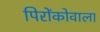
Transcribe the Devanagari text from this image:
पिरोंकोवाला